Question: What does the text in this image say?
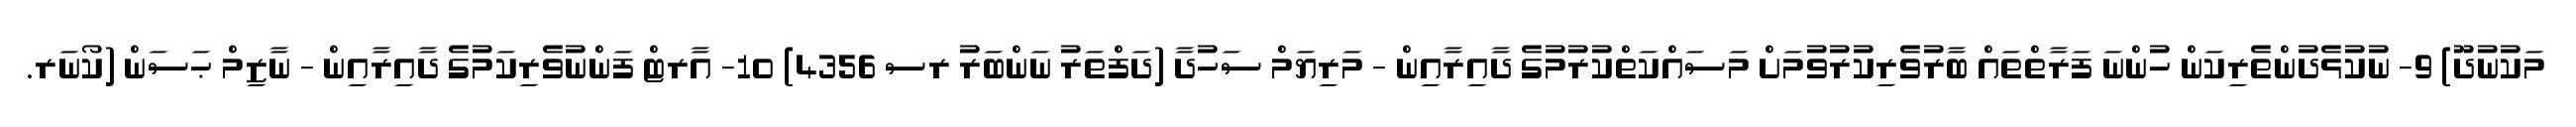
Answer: މަކުނުދޫ) 9- ނުކުޅެދުންތެރިކަން ހުންނަ ފަރާތްތައް ބާރުވެރިކުރުވުމަށް މަސައްކަތްކުރުމުގެ ދާއިރާއިން - މަރިޔަމް ސަހުދާ (ދަފްތަރު ނަންބަރު ރސ 4356) 10- އާރޓް ފަންނުވެރިކަމުގެ ދާއިރާއިން - ނާޒިމް ޙަސަން (ކޯނަރ.